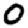
Digit: 0